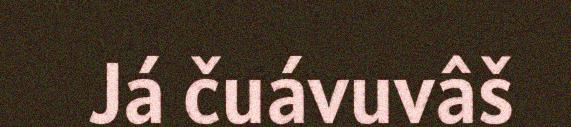
Já čuávuvâš